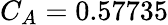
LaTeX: C_{A}=0.57735